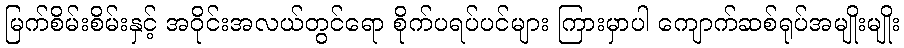
မြက်စိမ်းစိမ်းနှင့် အဝိုင်းအလယ်တွင်ရော စိုက်ပရပ်ပင်များ ကြားမှာပါ ကျောက်ဆစ်ရုပ်အမျိုးမျိုး